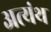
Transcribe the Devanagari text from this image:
अत्यंथ